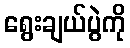
ရွေးချယ်ပွဲကို